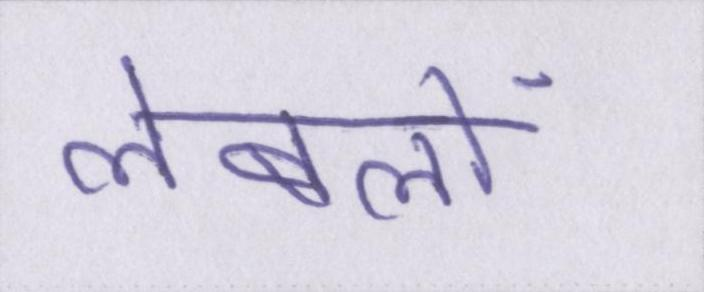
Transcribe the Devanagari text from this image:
लेबलों